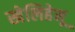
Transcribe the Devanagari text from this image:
खेलिहेनू